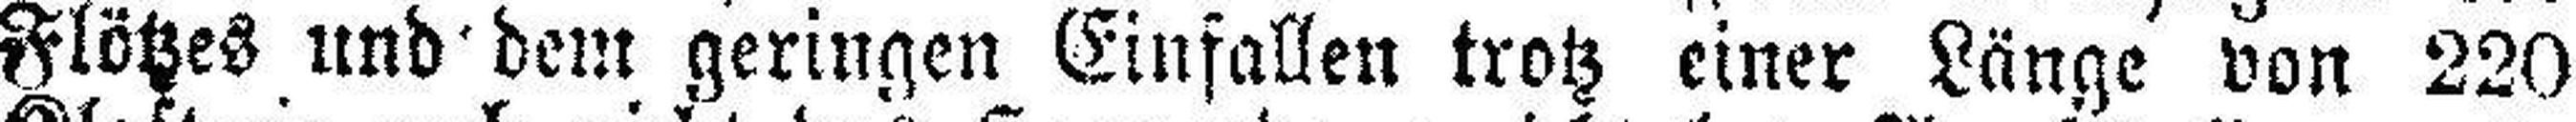
Flötzes und dem geringen Einfallen trotz einer Länge von 220